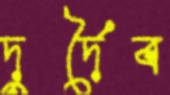
দুর্দৈব